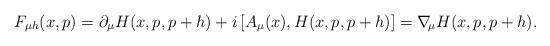
LaTeX: \begin{align*}F_{\mu h}(x,p)=\partial_\mu H(x,p,p+h)+i\,[A_\mu(x),H(x,p,p+h)]=\nabla\!_\mu H(x,p,p+h).\end{align*}